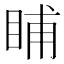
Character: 䀯